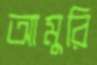
আমুরি